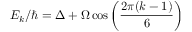
E _ { k } / \hbar = \Delta + \Omega \, \mathrm { c o s } \left( \frac { 2 \pi ( k - 1 ) } { 6 } \right)